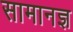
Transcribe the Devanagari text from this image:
सामानज्ञ